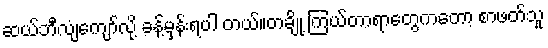
ဆယ်ဘီလျံကျော်လို့ ခန့်မှန်းရပါ တယ်။တချို့ ကြယ်တာရာတွေကတော့ စာဖတ်သူ